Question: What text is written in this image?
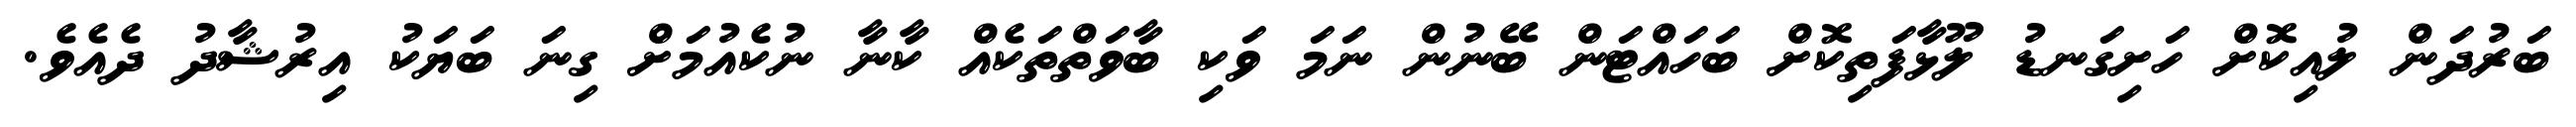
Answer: ބަރުދަން ލުއިކޮށް ހަށިގަނޑު ލޫޅާފަތިކޮށް ބަހައްޓަން ބޭނުން ނަމަ ވަކި ބާވަތްތަކެއް ކާނާ ނުކެއުމަށް ގިނަ ބަޔަކު އިރުޝާދު ދެއެވެ.